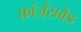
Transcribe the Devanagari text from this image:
फ्रांजेंसबैड